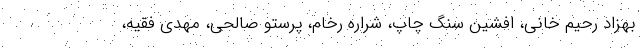
بهزاد رحیم خانی، افشین سنگ چاپ، شراره رخام، پرستو صالحی، مهدی فقیه،